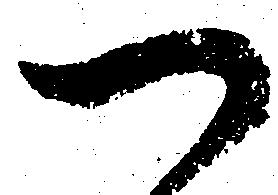
へ